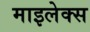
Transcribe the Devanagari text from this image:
माइलेक्स